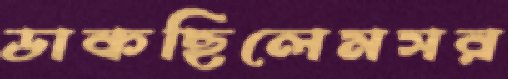
ডাকছিলেমসর